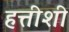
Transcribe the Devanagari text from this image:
हत्तीशी